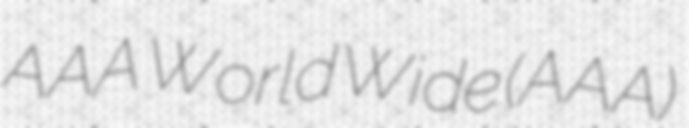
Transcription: AAA World Wide (AAA)